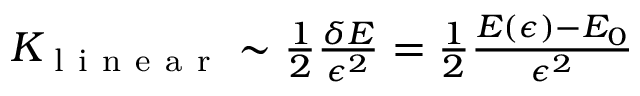
\begin{array} { r } { K _ { \mathrm { ~ l ~ i ~ n ~ e ~ a ~ r ~ } } \sim \frac 1 2 \frac { \delta E } { \epsilon ^ { 2 } } = \frac { 1 } { 2 } \frac { E ( \epsilon ) - E _ { 0 } } { \epsilon ^ { 2 } } } \end{array}